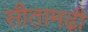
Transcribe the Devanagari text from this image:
सीता़मढी़